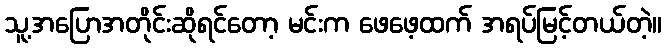
သူ့အပြောအတိုင်းဆိုရင်တော့ မင်းက ဖေဖေ့ထက် အရပ်မြင့်တယ်တဲ့။